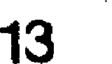
13